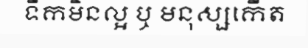
ទឹកមិនល្អ ឬ មនុស្សកើត